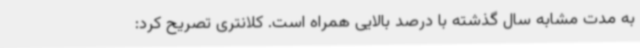
به مدت مشابه سال گذشته با درصد بالایی همراه است. کلانتری تصریح کرد: